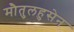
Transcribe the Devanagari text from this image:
मौतुलहुसेन